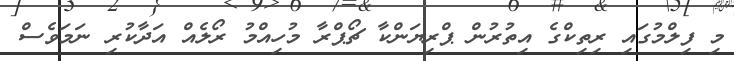
މި ފިލްމުގައި ރިތިކްގެ އިތުރުން ޕްރިޔަންކާ ޗޯޕްރާ މުހިއްމު ރޯލެއް އަދާކުރި ނަމަވެސް